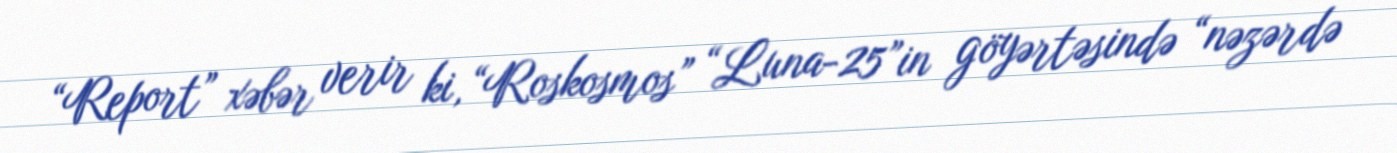
“Report” xəbər verir ki, “Roskosmos” “Luna-25”in göyərtəsində “nəzərdə